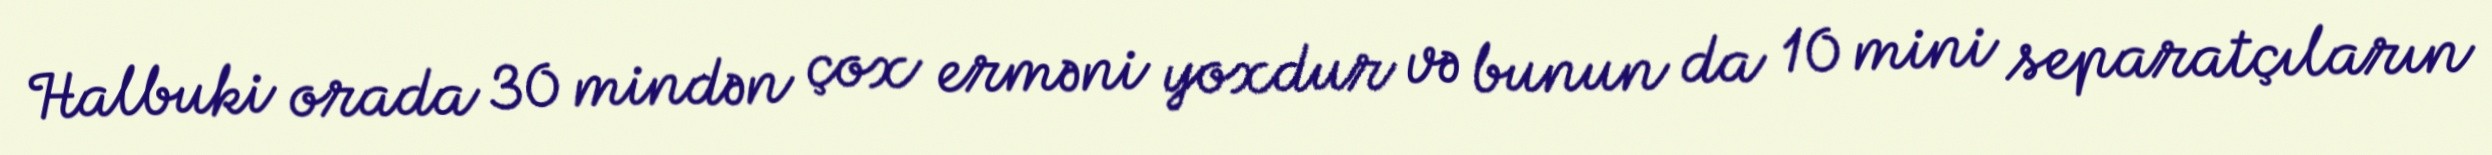
Halbuki orada 30 mindən çox erməni yoxdur və bunun da 10 mini separatçıların